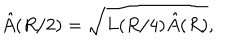
LaTeX: \hat { A } ( R / 2 ) = \sqrt { L ( R / 4 ) \hat { A } ( R ) } ,